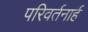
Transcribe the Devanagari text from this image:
परिवर्तनार्ह